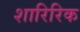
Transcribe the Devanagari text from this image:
शारिरिक